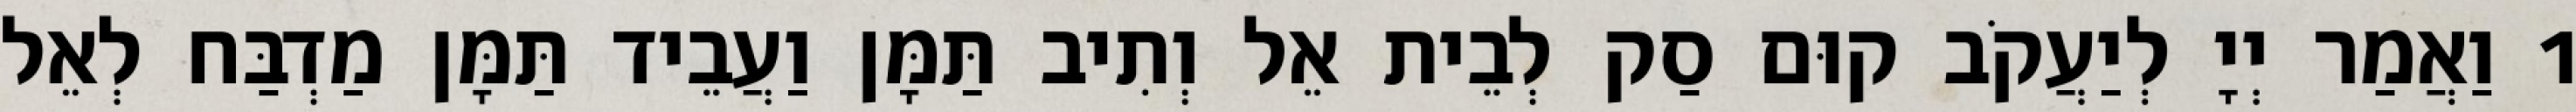
1 וַאֲמַר יְיָ לְיַעֲקֹב קוּם סַק לְבֵית אֵל וְתִיב תַּמָּן וַעֲבֵיד תַּמָּן מַדְבַּח לְאֵל